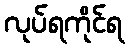
လုပ်ရကိုင်ရ